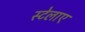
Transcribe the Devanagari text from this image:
स्टेलाए